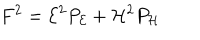
F ^ { 2 } = { \cal E } ^ { 2 } P _ { \cal E } + { \cal H } ^ { 2 } P _ { \cal H }